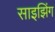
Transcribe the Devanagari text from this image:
साइझिंग